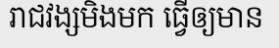
រាជវង្សមិងមក ធ្វើឲ្យមាន